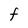
Character: F